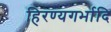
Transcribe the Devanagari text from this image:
हिरण्यगर्भादि